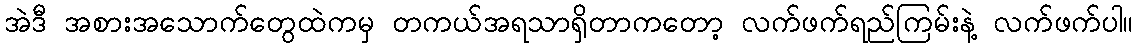
အဲဒီ အစားအသောက်တွေထဲကမှ တကယ်အရသာရှိတာကတော့ လက်ဖက်ရည်ကြမ်းနဲ့ လက်ဖက်ပါ။